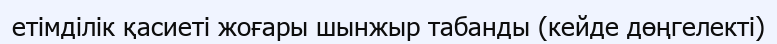
етімділік қасиеті жоғары шынжыр табанды (кейде дөңгелекті)